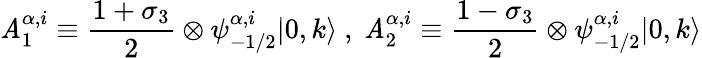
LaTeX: \mathit{A}_{1}^{\alpha,i}\equiv\frac{{1+\sigma_{3}}}{{2}}\otimes\psi_{-1/2}^{\alpha,i}|0,k\rangle~,~\mathit{A}_{2}^{\alpha,i}\equiv\frac{{1-\sigma_{3}}}{{2}}\otimes\psi_{-1/2}^{\alpha,i}|0,k\rangle